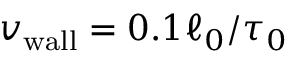
{ v _ { \mathrm { w a l l } } } = 0 . 1 \ell _ { 0 } / \tau _ { 0 }